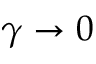
\gamma \to 0